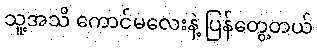
သူ့အသိ ကောင်မလေးနဲ့ ပြန်တွေ့တယ်